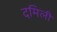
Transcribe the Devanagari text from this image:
दमिली